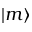
| m \rangle